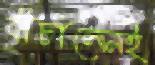
বাঁচালেনই